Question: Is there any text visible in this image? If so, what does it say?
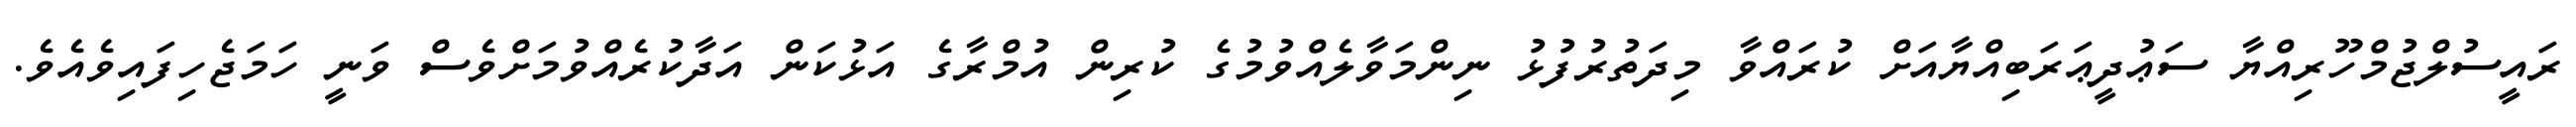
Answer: ރައީސުލްޖުމްހޫރިއްޔާ ސަޢުދީޢަރަބިއްޔާއަށް ކުރައްވާ މިދަތުރުފުޅު ނިންމަވާލެއްވުމުގެ ކުރިން އުމްރާގެ އަޅުކަން އަދާކުރެއްވުމަށްވެސް ވަނީ ހަމަޖެހިފައިވެއެވެ.